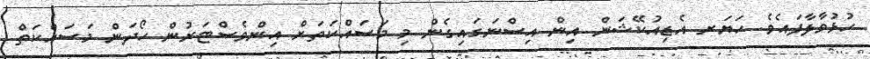
ހުޅުވާލާފައެވެ. ހަޔަރ އެޑިއުކޭޝަން އިން އިސްނަގައިގެން މި މަސައްކަތަށް އިންވެސްޓަރުން ހޯދަން މަސައްކަތް